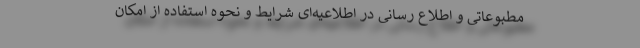
مطبوعاتی و اطلاع رسانی در اطلاعیه‌ای شرایط و نحوه استفاده از امکان